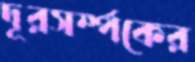
দূরসর্ম্পকের